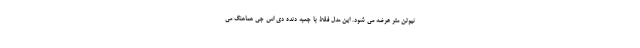
نیوتن متر عرضه می شود. این مدل فقط با جعبه دنده دی اس جی هماهنگ می